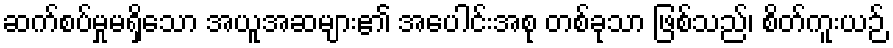
ဆက်စပ်မှုမရှိသော အယူအဆများ၏ အပေါင်းအစု တစ်ခုသာ ဖြစ်သည်၊ စိတ်ကူးယဉ်